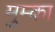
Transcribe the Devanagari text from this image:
मुम्का